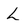
Character: L